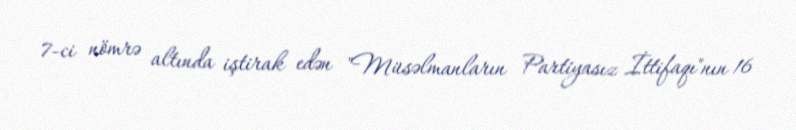
7-ci nömrə altında iştirak edən "Müsəlmanların Partiyasız İttifaqı"nın 16